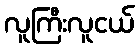
လူကြီးလူငယ်